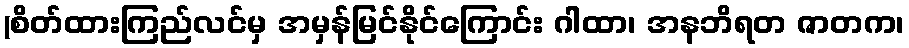
(စိတ်ထားကြည်လင်မှ အမှန်မြင်နိုင်ကြောင်း ဂါထာ၊ အနဘိရတ ဇာတက၊